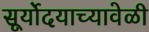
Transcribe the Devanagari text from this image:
सूर्योदयाच्यावेळी